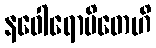
နဝေါရောပိတေဟိ